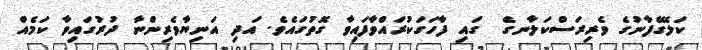
ކަލޭގެފާނުގެ ވެރިރަސްކަލާނގެ  ގައި ފާހަގަކުރައްވާފައިވާ ގޮތުގައެވެ. އަދި އަނިޔާވެރިންނާ ދުރުގައިވާ ކަމެއް